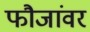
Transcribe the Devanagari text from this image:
फौजांवर